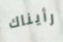
رأيناك